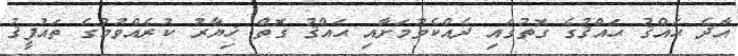
އާދެ ޙައްޤު ޙައްޤުގެ ގޮތުގައި ދެއްކެވުމަށާއި ޙައްޤު ގޮތް ޚިޔާރު ކުރެއްވުމުގެ ތައުފީޤު